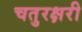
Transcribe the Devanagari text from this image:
चतुरक्षरी